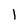
Character: l